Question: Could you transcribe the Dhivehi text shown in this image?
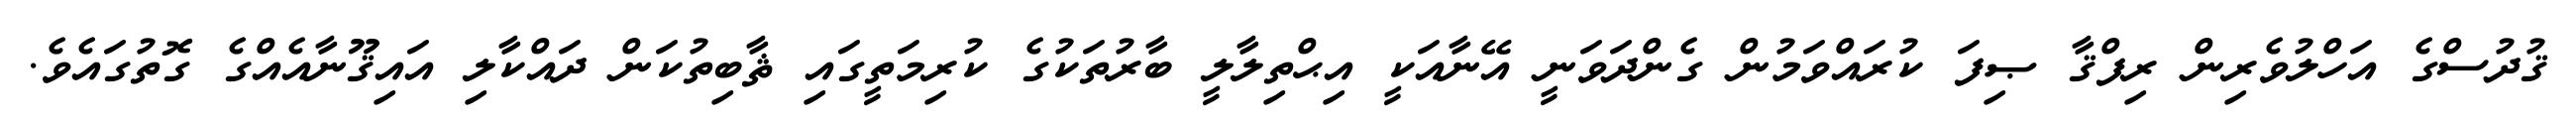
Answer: ޤުދުސްގެ އަހްލުވެރިން ރިފްޤާ ޞިފަ ކުރައްވަމުން ގެންދަވަނީ އޭނާއަކީ އިޙްތިލާލީ ބާރުތަކުގެ ކުރިމަތީގައި ޘާބިތުކަން ދައްކާލި އައިޤޫނާއެއްގެ ގޮތުގައެވެ.